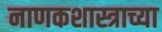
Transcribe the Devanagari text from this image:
नाणकशास्त्राच्या